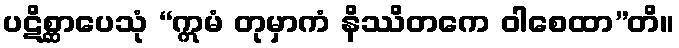
ပဋိစ္ဆာပေသုံ “ဣမံ တုမှာကံ နိဿိတကေ ဝါစေထာ”တိ။